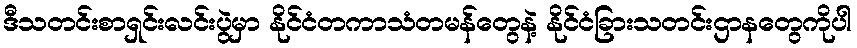
ဒီသတင်းစာရှင်းလင်းပွဲမှာ နိုင်ငံတကာသံတမန်တွေနဲ့ နိုင်ငံခြားသတင်းဌာနတွေကိုပါ